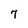
Character: 7